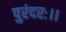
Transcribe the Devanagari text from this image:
पुरंदरः।।